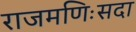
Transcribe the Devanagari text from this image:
राजमणिःसदा